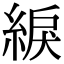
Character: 綟